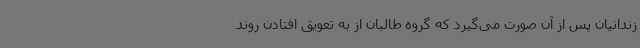
زندانیان پس از آن صورت می‌گیرد که گروه طالبان از به تعویق افتادن روند